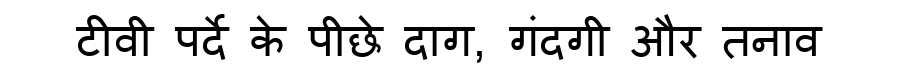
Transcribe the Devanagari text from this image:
टीवी पर्दे के पीछे दाग, गंदगी और तनाव